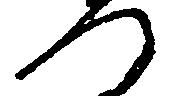
へ